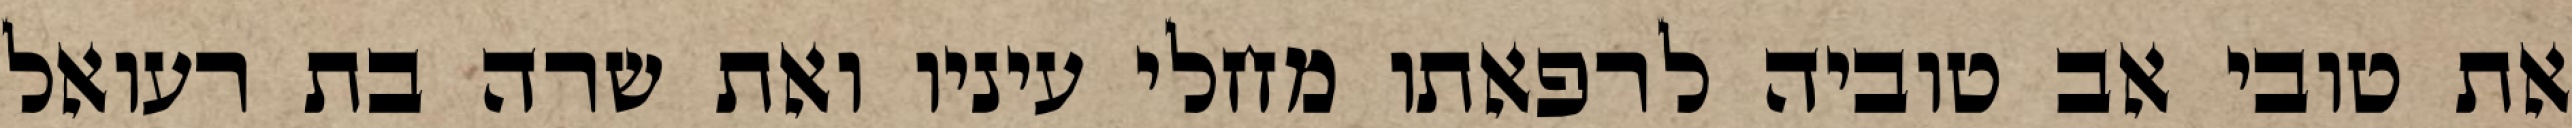
את טובי אב טוביה לרפאתו מחלי עיניו ואת שרה בת רעואל